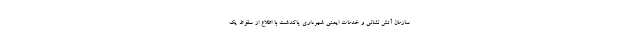
سازمان آتش نشانی و خدمات ایمنی شهرداری پاکدشت با اطلاع از سقوط یک